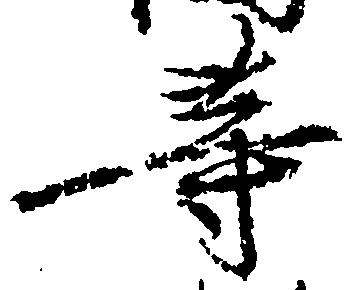
等